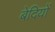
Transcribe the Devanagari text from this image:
बेदियों